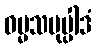
ဓမ္မသမုပ္ပါဒံ